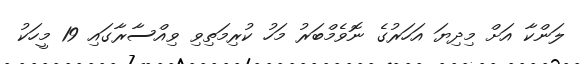
ލަންކާ އަށް މިދިޔަ އަހަރުގެ ނޮވެމްބަރު މަހު ކުރިމަތިވި ވިއްސާރާގައި 19 މީހަކު